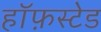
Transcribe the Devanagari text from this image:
हॉफ़स्टेड